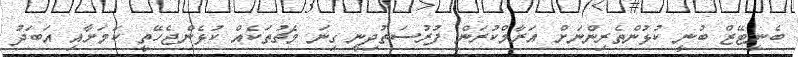
ބެނީޓޭޒް ބުނީ ކުޅުންތެރިންނަށް އަރާމްކުރަން ފުރުސަތުދިނީ ގިނަ މެޗުތަކެއް ކުޅެންޖެހޭތީ ކަމަށާއި އަބަދު